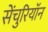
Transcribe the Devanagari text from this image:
सेंचुरियॉन